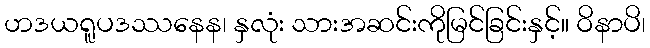
ဟဒယရူပဒဿနေန၊ နှလုံး သားအဆင်းကိုမြင်ခြင်းနှင့်။ ဝိနာပိ၊